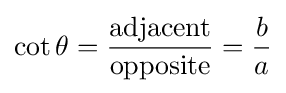
\cot \theta ={\frac {\mathrm {adjacent} }{\mathrm {opposite} }}={\frac {b}{a}}